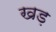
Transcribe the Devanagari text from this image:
खड़